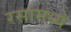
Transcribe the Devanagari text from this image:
रसांमध्ये